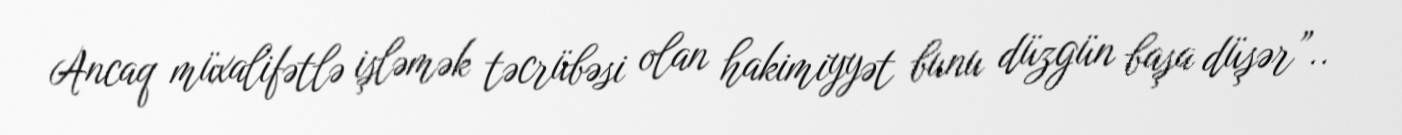
Ancaq müxalifətlə işləmək təcrübəsi olan hakimiyyət bunu düzgün başa düşər”..